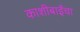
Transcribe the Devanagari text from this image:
काशीबाईंचा